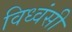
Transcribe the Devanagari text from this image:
विध्वंसी